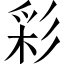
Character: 彩